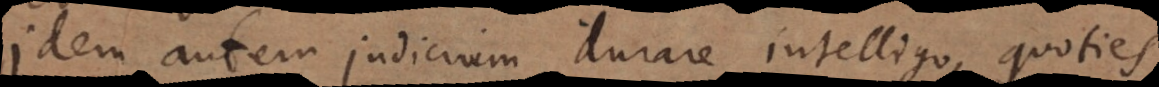
Idem autem judicium durare intelligo, quoties